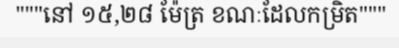
"""នៅ ១៥,២៨ ម៉ែត្រ ខណៈដែលកម្រិត"""